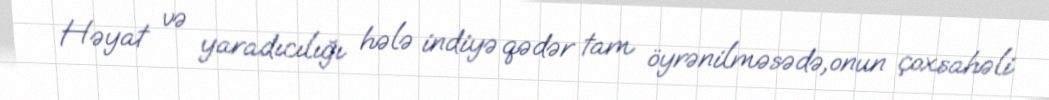
Həyat və yaradıcılığı hələ indiyə qədər tam öyrənilməsədə,onun çoxsahəli